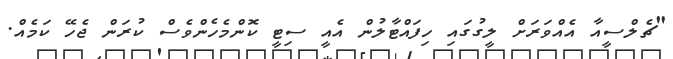
"ޗެލްސީއާ އެއްވަރަށް ލީގުގައި ހިފައްޓާލުން އެއީ ސިޓީ ކޮންމެހެންވެސް ކުރަން ޖެހޭ ކަމެއް.